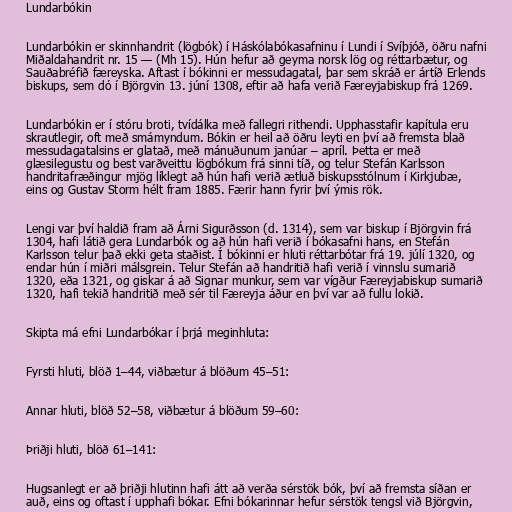
Lundarbókin

Lundarbókin er skinnhandrit (lögbók) í Háskólabókasafninu í Lundi í Svíþjóð, öðru nafni
Miðaldahandrit nr. 15 — (Mh 15). Hún hefur að geyma norsk lög og réttarbætur, og
Sauðabréfið færeyska. Aftast í bókinni er messudagatal, þar sem skráð er ártíð Erlends
biskups, sem dó í Björgvin 13. júní 1308, eftir að hafa verið Færeyjabiskup frá 1269.

Lundarbókin er í stóru broti, tvídálka með fallegri rithendi. Upphasstafir kapítula eru
skrautlegir, oft með smámyndum. Bókin er heil að öðru leyti en því að fremsta blað
messudagatalsins er glatað, með mánuðunum janúar – apríl. Þetta er með
glæsilegustu og best varðveittu lögbókum frá sinni tíð, og telur Stefán Karlsson
handritafræðingur mjög líklegt að hún hafi verið ætluð biskupsstólnum í Kirkjubæ,
eins og Gustav Storm hélt fram 1885. Færir hann fyrir því ýmis rök.

Lengi var því haldið fram að Árni Sigurðsson (d. 1314), sem var biskup í Björgvin frá
1304, hafi látið gera Lundarbók og að hún hafi verið í bókasafni hans, en Stefán
Karlsson telur það ekki geta staðist. Í bókinni er hluti réttarbótar frá 19. júlí 1320, og
endar hún í miðri málsgrein. Telur Stefán að handritið hafi verið í vinnslu sumarið
1320, eða 1321, og giskar á að Signar munkur, sem var vígður Færeyjabiskup sumarið
1320, hafi tekið handritið með sér til Færeyja áður en því var að fullu lokið.

Skipta má efni Lundarbókar í þrjá meginhluta:

Fyrsti hluti, blöð 1–44, viðbætur á blöðum 45–51:

Annar hluti, blöð 52–58, viðbætur á blöðum 59–60:

Þriðji hluti, blöð 61–141:

Hugsanlegt er að þriðji hlutinn hafi átt að verða sérstök bók, því að fremsta síðan er
auð, eins og oftast í upphafi bókar. Efni bókarinnar hefur sérstök tengsl við Björgvin,